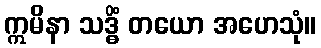
ဣမိနာ သဒ္ဓိံ တယော အဟေသုံ။